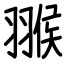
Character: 翭